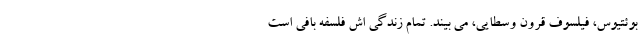
بوئتیوس، فیلسوف قرون وسطایی، می بیند. تمام زندگی اش فلسفه بافی است